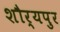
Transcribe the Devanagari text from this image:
शौर्यपुर